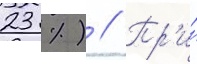
23 %) // Пр'и́